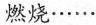
燃烧……